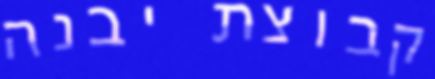
קבוצת יבנה